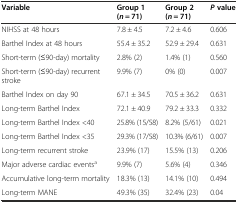
| Variable | Group 1 (n = 71) | Group 2 (n = 71) | Pvalue |
 | --- | --- | --- | --- |
 | NIHSS at 48 hours | 7.8 ± 4.5 | 7.2 ± 4.6 | 0.606 |
 | Barthel Index at 48 hours | 55.4 ± 35.2 | 52.9 ± 29.4 | 0.631 |
 | Short-term (≤90-day) mortality | 2.8% (2) | 1.4% (1) | 0.560 |
 | Short-term (≤90-day) recurrent stroke | 9.9% (7) | 0% (0) | 0.007 |
 | Barthel Index on day 90 | 67.1 ± 34.5 | 70.5 ± 36.2 | 0.631 |
 | Long-term Barthel Index | 72.1 ± 40.9 | 79.2 ± 33.3 | 0.332 |
 | Long-term Barthel Index <40 | 25.8% (15/58) | 8.2% (5/61) | 0.021 |
 | Long-term Barthel Index <35 | 29.3% (17/58) | 10.3% (6/61) | 0.007 |
 | Long-term recurrent stroke | 23.9% (17) | 15.5% (13) | 0.206 |
 | Major adverse cardiac eventsa | 9.9% (7) | 5.6% (4) | 0.346 |
 | Accumulative long-term mortality | 18.3% (13) | 14.1% (10) | 0.494 |
 | Long-term MANE | 49.3% (35) | 32.4% (23) | 0.04 |